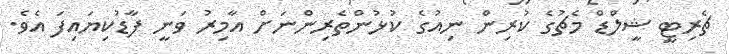
ޗެރިޓީ ޝީލްޑް މެޗުގެ ކުރިން ނިއުގެ ކުޅުންތެރިންނަށް އާމިރު ވަނީ ފާޑުކިޔައިފަ އެވެ.